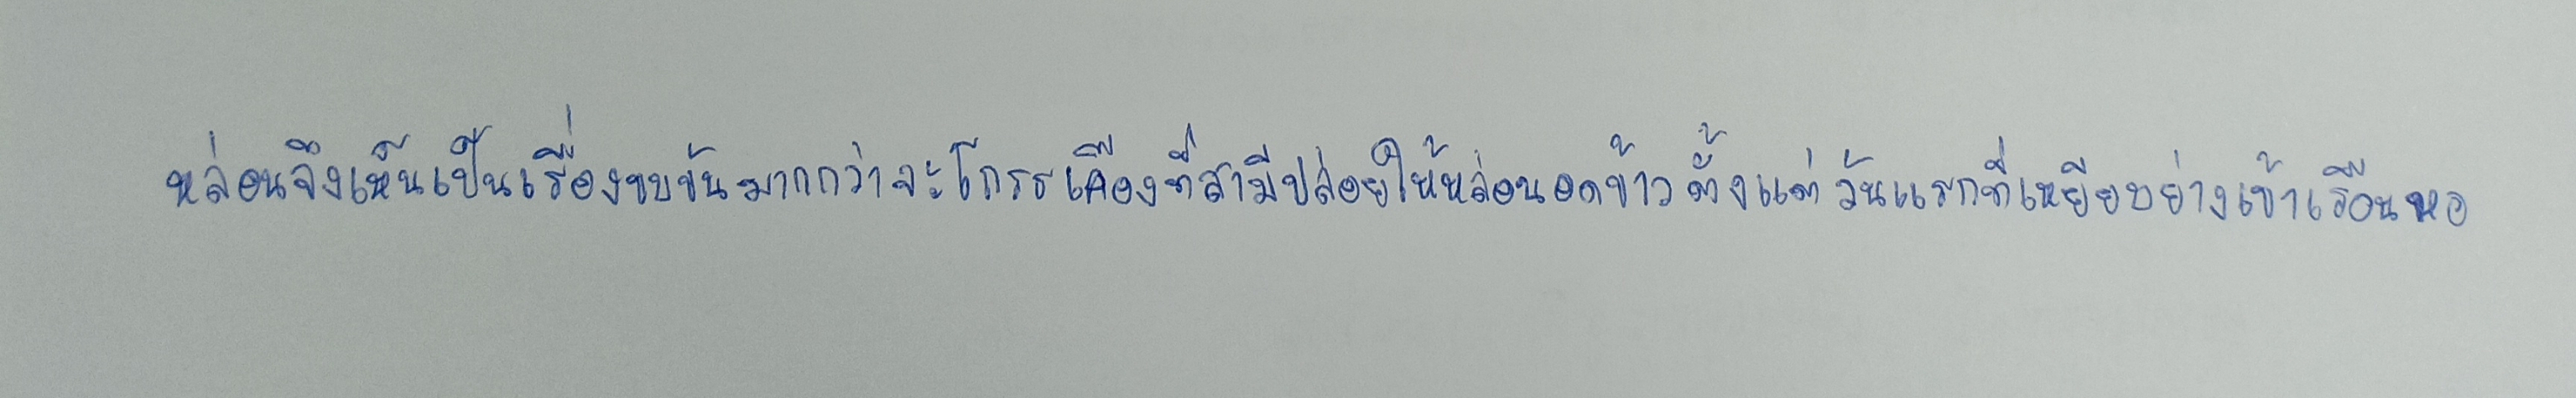
หล่อนจึงเห็นเป็นเรื่องขบขันมากกว่าจะโกรธเคืองที่สามีปล่อยให้หล่อนอดข้าวตั้งแต่วันแรกที่เหยียบย่างเข้าเรือนหอ